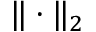
\| \cdot \| _ { 2 }